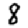
Digit: 8